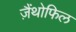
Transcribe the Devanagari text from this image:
ज़ैंथोफिल